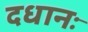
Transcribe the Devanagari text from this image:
दधानः